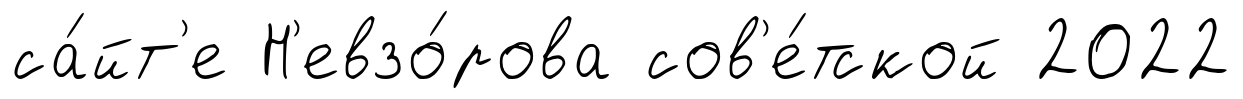
са́йт'е Н'евзо́рова сов'е́тской 2022